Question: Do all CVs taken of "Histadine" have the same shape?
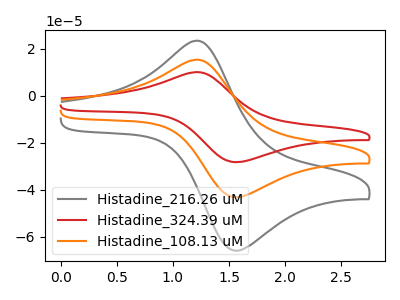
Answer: <think>The gray curve "Histadine_216.26 uM" has an anodic peak at (1.20V, 23.45uA) and a cathodic peak at (1.55V, -66.05uA). The red curve "Histadine_324.39 uM" has an anodic peak at (1.20V, 30.70uA) and a cathodic peak at (1.55V, -86.50uA). The orange curve "Histadine_108.13 uM" has an anodic peak at (1.20V, 15.35uA) and a cathodic peak at (1.55V, -43.25uA).
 All the peaks in "Histadine_216.26 uM" have a peak in "Histadine_324.39 uM" at the same potential. Every peak in "Histadine_216.26 uM" is lower than every peak in "Histadine_324.39 uM". All the peaks in "Histadine_216.26 uM" have a peak in "Histadine_108.13 uM" at the same potential. Every peak in "Histadine_216.26 uM" is higher than every peak in "Histadine_108.13 uM". All the peaks in "Histadine_324.39 uM" have a peak in "Histadine_108.13 uM" at the same potential. Every peak in "Histadine_324.39 uM" is higher than every peak in "Histadine_108.13 uM".</think>
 <answer>All the CV's of "Histadine" have similar shape.</answer>
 <eval>follow_rule</eval>